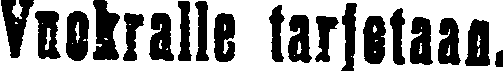
Vuokralle tarjotaan.